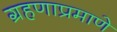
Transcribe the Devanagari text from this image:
ग्रहणाप्रमाणे